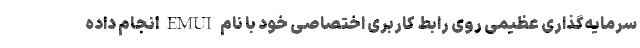
سرمایه‌گذاری عظیمی روی رابط کاربری اختصاصی خود با نام EMUI انجام داده